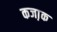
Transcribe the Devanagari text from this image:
कजा़क